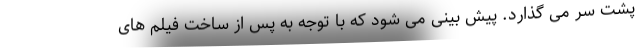
پشت سر می گذارد. پیش بینی می شود که با توجه به پس از ساخت فیلم های